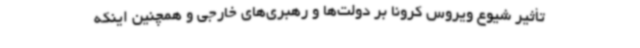
تأثیر شیوع ویروس کرونا بر دولت‌ها و رهبری‌های خارجی و همچنین اینکه